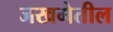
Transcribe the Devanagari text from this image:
जखमेतील